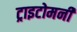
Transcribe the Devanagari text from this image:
ट्राइटोमनी